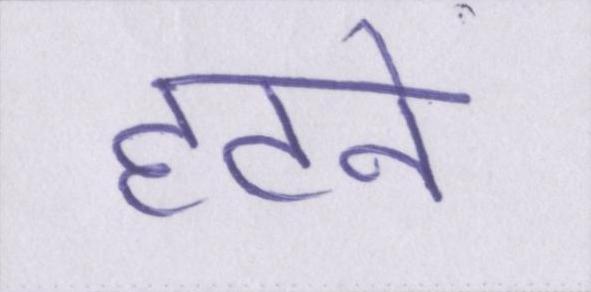
हटने